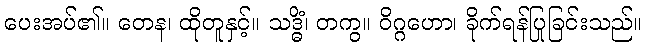
ပေးအပ်၏။ တေန၊ ထိုတူနှင့်။ သဒ္ဓိံ၊ တကွ။ ဝိဂ္ဂဟော၊ ခိုက်ရန်ပြုခြင်းသည်။